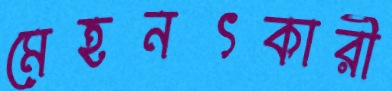
মেহনৎকারী